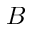
B